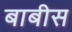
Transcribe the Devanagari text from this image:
बाबीस